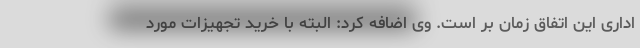
اداری این اتفاق زمان بر است. وی اضافه کرد: البته با خرید تجهیزات مورد